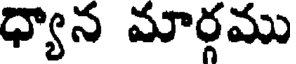
ధ్యాన మార్గము